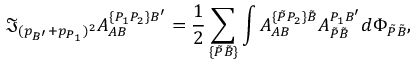
\Im _ { ( p _ { B ^ { \prime } } + p _ { P _ { 1 } } ) ^ { 2 } } { \cal A } _ { A B } ^ { \{ P _ { 1 } P _ { 2 } \} B ^ { \prime } } = \frac 1 { 2 } \sum _ { \{ \tilde { P } \tilde { B } \} } \int { \cal A } _ { A B } ^ { \{ \tilde { P } P _ { 2 } \} \tilde { B } } { \cal A } _ { \tilde { P } \tilde { B } } ^ { P _ { 1 } B ^ { \prime } } d \Phi _ { \tilde { P } \tilde { B } } ,